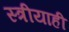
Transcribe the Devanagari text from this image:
स्त्रीयाही